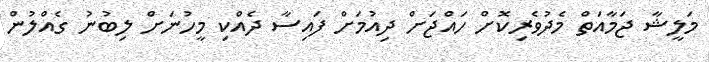
މަލީޝާ ޖަމާއަތް މެދުވެރިކޮށް ހައްޖަށް ދިއުމަށް ފައިސާ ދެއްކި މީހުނަށް ލިބުނު ގެއްލުން